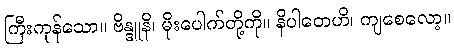
ကြီးကုန်သော။ ဗိန္ဒူနိ၊ မိုးပေါက်တို့ကို။ နိပါတေဟိ၊ ကျစေလော့။